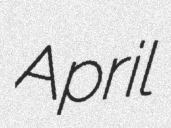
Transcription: April